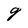
Character: g